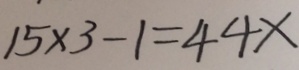
1 5 \times 3 - 1 = 4 4 \times